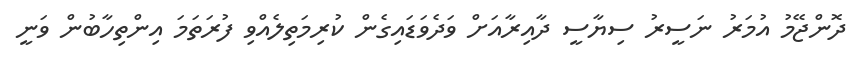
ދޮންޖޭމު އުމަރު ނަސީރު ސިޔާސީ ދާއިރާއަށް ވަދެވަޑައިގެން ކުރިމަތިލެއްވި ފުރަތަމަ އިންތިހާބުން ވަނީ